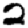
Digit: 2